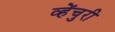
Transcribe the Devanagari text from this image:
व्हेंचुरी